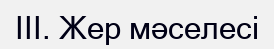
III. Жер мәселесі